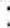
: